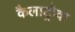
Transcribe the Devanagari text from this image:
कैलाट्रोवा